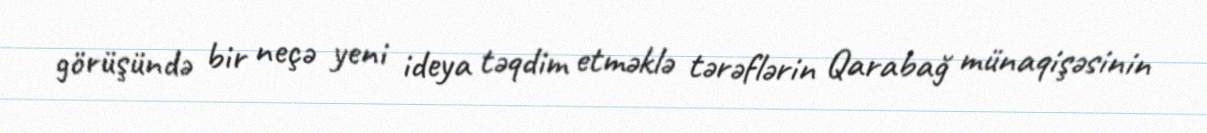
görüşündə bir neçə yeni ideya təqdim etməklə tərəflərin Qarabağ münaqişəsinin